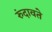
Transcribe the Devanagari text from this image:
रुंदावते